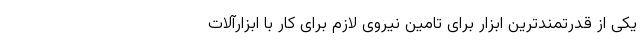
یکی از قدرتمندترین ابزار برای تامین نیروی لازم برای کار با ابزارآلات